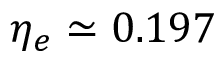
\eta _ { e } \simeq 0 . 1 9 7